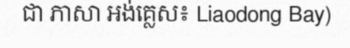
ជា ភាសា អង់គ្លេស៖ Liaodong Bay)